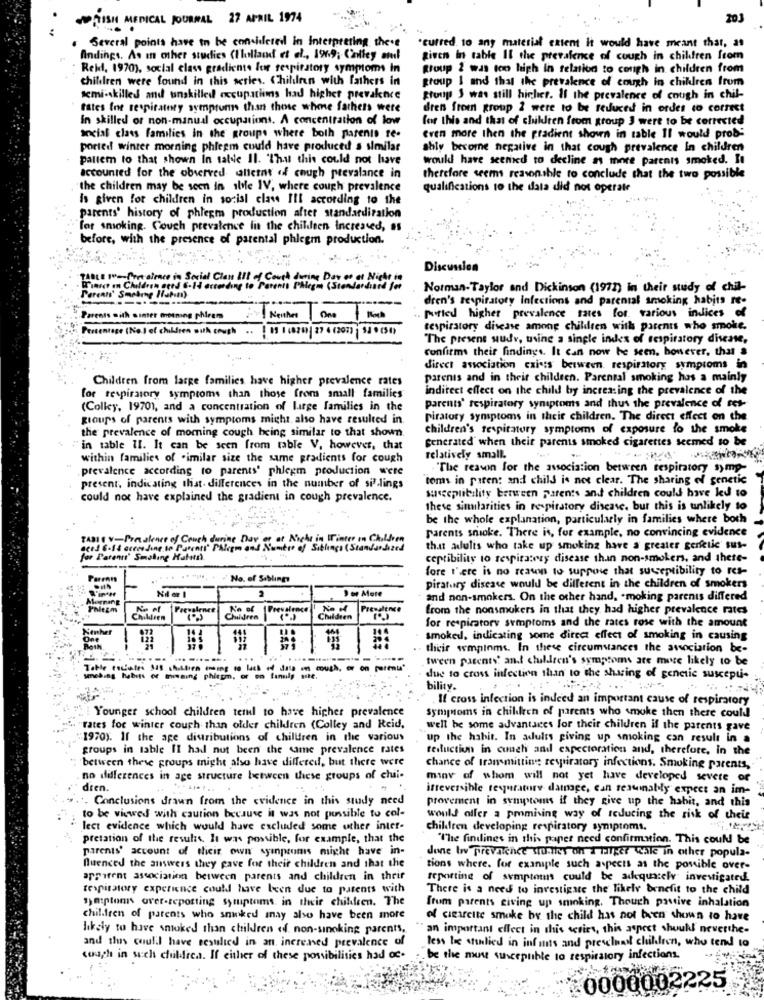
PRISH MEDICAL JOURNAL 27 APRIL 1974
203
Several points have to be considered in Interpreting there
.curred. to any material extent it would have meant that, as
Andings. As in other studies (Ilolland et al ., 1969; Ciniley and
given In table Il the prevalence of cough in children from
Reid, 1970), social class gradients for respiratory symptoms In
group 2 was too high In relation to congh in children from
children were found in this series. Children with fathers in
group 1 and that the prevalence of cough in children from
semi-skilled and unskilled occupatiims had higher prevaknce
group 3 was still higher. If the prevalence of cough in chil-
tates int respiratory symptoms than those whome fathers were
dren from group 2 were to be reduced in order to correct
in skilled or non-manual occupations. A concentration of low
for this and that of children from group 3 were to be corrected
social class families in the groups where both parents re-
Even more then the gradient shown in table Il would prob-
ported winter morning phlegm could have produced a similar
shiy become negative in that cough prevalence In children
pallem to that shown In talde Il. 'That this could not have
would have seemed to decline as more parents smoked. It
accounted for the observed atteint of cough prevalance in
therefore seems reasonable to conclude that the two possible
"the children may be seen in ibile IV, where cough prevalence
qualifications to the data did not operate
Is given for children in social class Ill according to the
parents' history of phlegm production after standardiration
for smoking. Couch prevalence in the children increased, as
before, with the presence of parental phlegm production.
Discussion
( SIon)
Norman-Taylor and Dickinson (1972) in their study of chil-
Per
" Smaling Hapis
dren's respiratory infections and parental smoking habits re-
Parents with winter motning phirem
Neither
One
pulled higher prevalence rates for various indices of
Percentage (No.I of children with cough
respiratory disease among children with parents who smoke.
"The present sudv, wine a single index of respiratory disease,
confirms their findings. It can now be seen, however, that s
direct association cxin:s between. respiratory symptoms in
Children from large families have higher prevalence rates
parents and in their children. Parental smoking has a mainly
indirect effect on the child by increasing the prevalence of the
for respiratory symptoms than those from small families
parents' respiratory symptoms and thus the prevalence of set-
(Colley, 1970), and a concentration of large families in the
groups of parents with symptoms might also have resulted in
piratory symptoms in their children. The direct effect on the
children's tespitatory symptoms of exposure to the smoke
the prevalence of moming cough being similar to that shown.
generated when their parents smoked cigarettes seemed to be
in table II. It can be seen from rable V. however, that
within families of .imilar size the same gradients for cough
relatively small.
-
prevalence according to parents' phlegm production were
. "The reason for the association between respiratory symp-
toms in patent and child is not clear. The sharing of genetic
present, indicating that. differences in the number of sil-lings
susceptibility beneen parents and children could have led to
could not have explained the gradient in cough prevalence.
these similarities in respiratory disease. but this is unlikely to
be the whole explanation, particularly in families where both
parents smoke. There is, for example, no convincing evidence
TABI E V-Prevalence of Couch durine Day of ar Nicht in Winter In Children
aced 6-14 according to Parents' Phlegm and Number of Siblings (Standardized
that adulis who take up smoking have a greater gerfelic sus-
for Parents' Smalling Hattı.
ceptibility to tespitatrzy disease than non-smokers, and thete-
fore there is no reason to suppose that susceptibility to res-
No. of Siblings
Hil er l
9 or Mote
piratury disease would be different in the children of smokers
and non-smokers. On the other hand, . moking parents differed
PhitEm
Prevalence
from the nonsmokers in that they had higher prevalence rates
Children
Children
for respiratory symptoms and the rates rose with the amount
smoked, indicating some direct effect of smoking in causing
their symptoms. In these circumstances the association be-
....
...
tween parents' ant children's symptoms are more likely to be
Table roceles 345 .h.ktien mming to lack of data in mouth, or on parents'
smebing habits of thening phicgm, or on lanuly site.
due to cross infection than to the sharing of genetic suscepu-
bility.
If cross infection is indeed an important cause of respiratory
Younger school children tend to have higher prevalence
symptoms in children of parents who smoke then there could
rates for winter couch than older children (Colley and Reid,
well be some advantages for their children if the parents gave
1970). If the age distributions of children in the various
up the habit. In adults giving up smoking can result in a
groups in table II had not been the same prevalence rates
reduction in couch and expectoration and, therefore, in the
between these groups might also have differed, but there were
chance of transmitting respiratory infections. Smoking parents,
no differences in age structure between these groups of chi-
many of whom will not yet have developed severe of
dren.
irreversible texurature damage, can resuinably expect an im-
Conclusions drawn from the evidence in this study need
provement in symptoms if they give up the habit, and this
to be viewed with caution because it was not possible to col-
would offer a promising way of reducing the risk of their
lect evidence which would have excluded some other inter-
children developing respiratory symptoms.
pretation of the results. It was possible, for example, that the
"The findings in this paper need confirmation. This could be
parents' account of their own syinpromis might have in-
Jone bwv prevalchce surles on 1 Higer Chle in other popula-
Quenced the answers they gave for their children and that the
tions where. for example such aspects as the possible over-
apparent association between parents and children in their
reporting of symptoms could be adequately investigated.
tespitatory experience could have been due to patents with
There is a need to investigate the likely benefit to the child
smtptons over-reporting symptoms, in their children. The
Stum parents giving up smoking, Though pasive inhalation
children of parents who smoked anay also have been more
of cierreite smoke by the child has not been shown to have
likely to have smoked than children of non-sinoking parents,
" an important effect in this series, this aspect should neverthe-
and this coulil have resulted in an increased prevalence of
less be Attlied in inf mts and preschaal children, who tend to
coach in such childfrea. If either of these possibilities had oc-
be the most susceptible to respiratory infections.
:0000002225